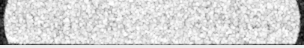
បានផ្តល់គំនិត ការបង្កើតអ្វីដែល